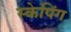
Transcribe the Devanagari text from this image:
स्केपिंग